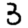
Digit: 3